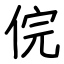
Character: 俒